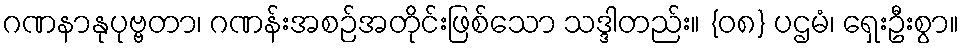
ဂဏနာနုပုဗ္ဗတာ၊ ဂဏန်းအစဉ်အတိုင်းဖြစ်သော သဒ္ဒါတည်း။ {၀၈} ပဌမံ၊ ရှေးဦးစွာ။